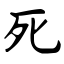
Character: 死